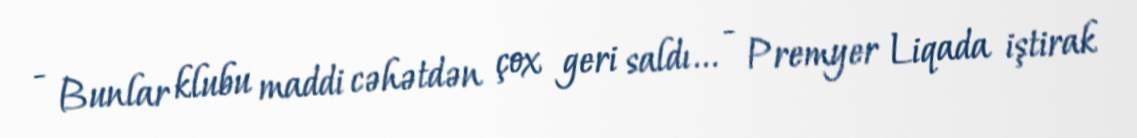
- Bunlar klubu maddi cəhətdən çox geri saldı... - Premyer Liqada iştirak